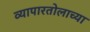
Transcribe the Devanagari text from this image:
व्यापारतोलाच्या